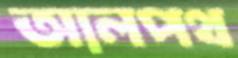
আলপথ